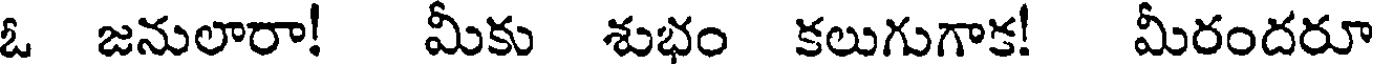
ఓ జనులారా! మీకు శుభం కలుగుగాక! మీరందరూ